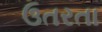
ઉતરતા